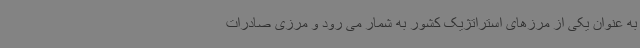
به عنوان یکی از مرزهای استراتژیک کشور به شمار می رود و مرزی صادرات